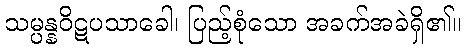
သမ္ပန္နဝိဋပသာခေါ၊ ပြည့်စုံသော အခက်အခဲရှိ၏။